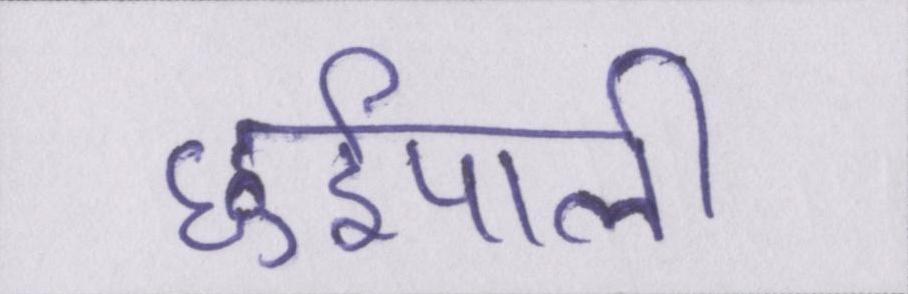
छुईपाली